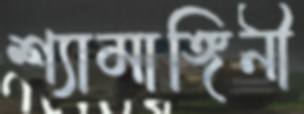
শ্যামাঙ্গিনী